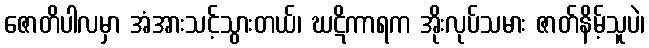
ဇောတိပါလမှာ အံအားသင့်သွားတယ်၊ ဃဋိကာရက အိုးလုပ်သမား ဇာတ်နိမ့်သူပဲ၊